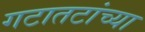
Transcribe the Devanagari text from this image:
गटातटांच्या